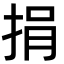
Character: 捐